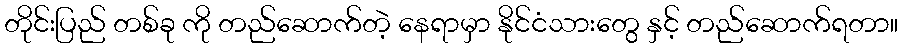
တိုင်းပြည် တစ်ခု ကို တည်ဆောက်တဲ့ နေရာမှာ နိုင်ငံသားတွေ နှင့် တည်ဆောက်ရတာ။